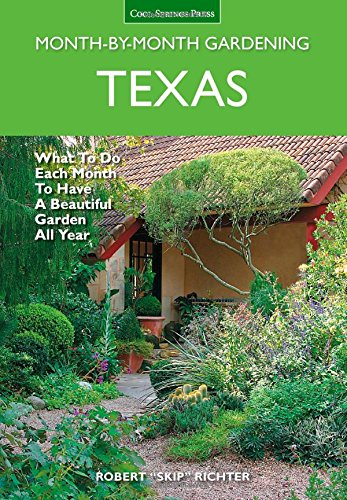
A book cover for Texas Month-by-Month Gardening: What to Do Each Month to Have A Beautiful Garden All Year; Robert "Skip" Richter; Crafts, Hobbies & Home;